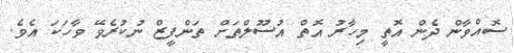
ސޮއްވާން ދެން އޮތީ މިހާރު އޮތް އުސޫލްތަށް ތަންފީޒް ނުކުރެވޭ ވާހަކަ އެވެ.